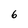
Character: 6